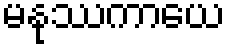
မနုဿကာယေ